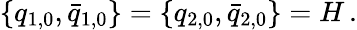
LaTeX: \{ q_{1,0},\bar{q}_{1,0}\} =\{ q_{2,0},\bar{q}_{2,0}\} =H\, .